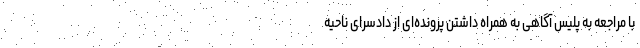
با مراجعه به پلیس آگاهی به همراه داشتن پرونده‌ای از دادسرای ناحیه